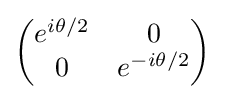
{\begin{pmatrix}e^{i\theta /2}&0\\0&e^{-i\theta /2}\end{pmatrix}}